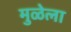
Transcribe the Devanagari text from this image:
मुळेला